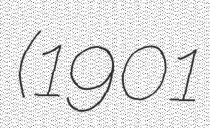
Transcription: (1901